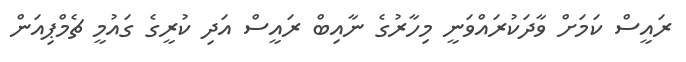
ރައީސް ކަމަށް ވާދަކުރައްވަނީ މިހާރުގެ ނާއިބް ރައީސް އަދި ކުރީގެ ގައުމީ ޗެމްޕިއަން